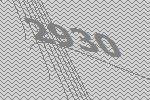
2930